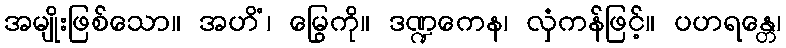
အမျိုးဖြစ်သော။ အဟိံ၊ မြွေကို။ ဒဏ္ဍကေန၊ လှံကန်ဖြင့်။ ပဟရန္တေ၊